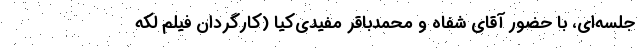
جلسه‌ای، با حضور آقای شفاه و محمدباقر مفیدی‌کیا (کارگردان فیلم لکه